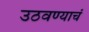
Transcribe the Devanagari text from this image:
उठवण्याचं